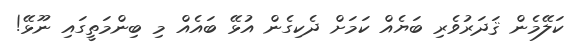
ކަލޭމެން ޤަދަރުވެރި ބަޔެއް ކަމަށް ދެކިގެން އުޅޭ ބައެއް މި ބިންމަތީގައި ނޫޅޭ!